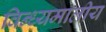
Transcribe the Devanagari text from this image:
विन्ध्यमालीय